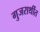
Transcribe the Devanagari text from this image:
गुजराथींत